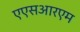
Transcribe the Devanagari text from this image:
एएसआरएम